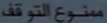
منوعالتوقف